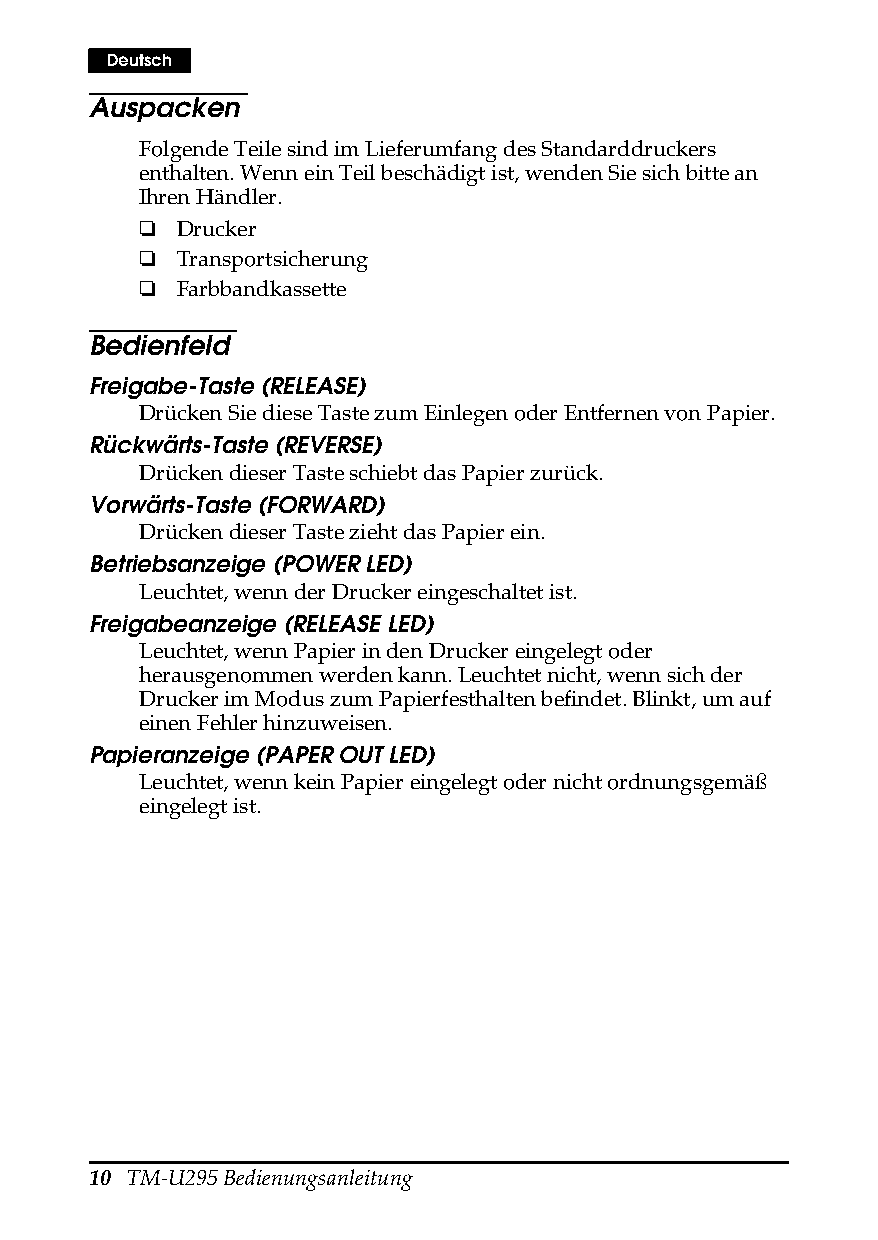
Deutsch
 Auspacken
 Folgende Teile sind im Lieferumfang des Standarddruckers
 enthalten. Wenn ein Teil beschädigt ist, wenden Sie sich bitte an
 Ihren Händler.
 ❏  Drucker
 ❏  Transportsicherung
 ❏  Farbbandkassette
 Bedienfeld
 Freigabe-Taste (RELEASE)
 Drücken Sie diese Taste zum Einlegen oder Entfernen von Papier.
 Rückwärts-Taste (REVERSE)
 Drücken dieser Taste schiebt das Papier zurück.
 Vorwärts-Taste (FORWARD)
 Drücken dieser Taste zieht das Papier ein.
 Betriebsanzeige (POWER LED)
 Leuchtet, wenn der Drucker eingeschaltet ist.
 Freigabeanzeige (RELEASE LED)
 Leuchtet, wenn Papier in den Drucker eingelegt oder
 herausgenommen werden kann. Leuchtet nicht, wenn sich der
 Drucker im Modus zum Papierfesthalten befindet. Blinkt, um auf
 einen Fehler hinzuweisen.
 Papieranzeige (PAPER OUT LED)
 Leuchtet, wenn kein Papier eingelegt oder nicht ordnungsgemäß
 eingelegt ist.
 10 TM-U295 Bedienungsanleitung